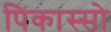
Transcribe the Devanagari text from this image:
पिकास्सो